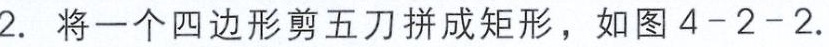
2. 将一个四边形剪五刀拼成矩形，如图4 - 2 - 2.